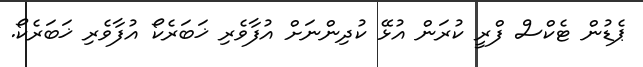
ޕެޑުން ޓެކްސް ފްރީ ކުރަން އުޅޭ ކުދިންނަށް އުފާވެރި ޚަބަރެކޯ އުފާވެރި ޚަބަރެކޯ.